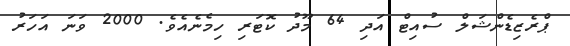
ޕްރެޒިޑެންޝަލް ސުއިޓް އަދި 64 މޫދު ކޮޓަރި ހިމެނެއެވެ. 2000 ވަނަ އަަހަރު